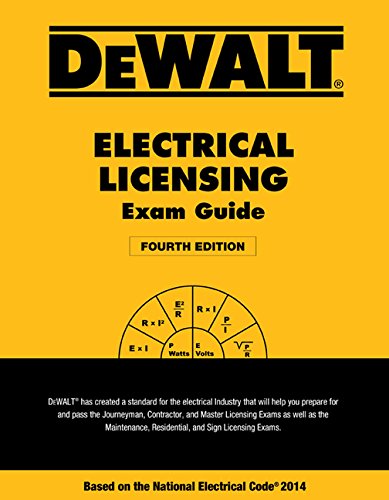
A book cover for DEWALT Electrical Licensing Exam Guide: Based on the NEC 2014 (DEWALT Series); Ray Holder; Engineering & Transportation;